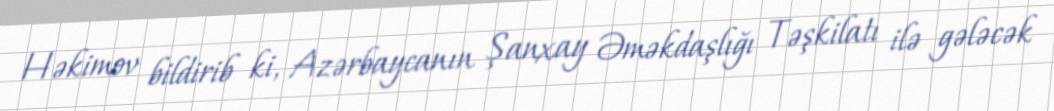
Həkimov bildirib ki, Azərbaycanın Şanxay Əməkdaşlığı Təşkilatı ilə gələcək